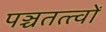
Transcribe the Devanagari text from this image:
पञ्चतत्त्वों